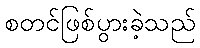
စတင်ဖြစ်ပွားခဲ့သည်